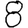
Digit: 8